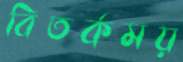
বিতর্কময়